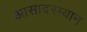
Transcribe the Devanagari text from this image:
आसादरम्यान